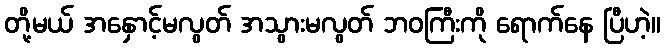
တို့မယ် အနှောင့်မလွတ် အသွားမလွတ် ဘဝကြီးကို ရောက်နေ ပြီဟဲ့။